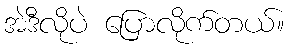
အဲဒီလိုပဲ ပြောလိုက်တယ်။